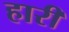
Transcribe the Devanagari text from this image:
हारीं